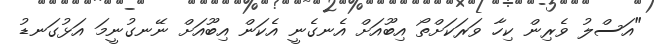
"އަސްލު ވެރިން ކިހާ ވަރަކަށްތޯ އިބޫއަށް އެނގެނީ އެކަން އިބޫއަށް ނޭނގުނީމަ އަޅުގަނޑު